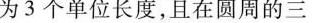
为3个单位长度，且在圆周的三